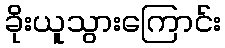
ခိုးယူသွားကြောင်း